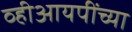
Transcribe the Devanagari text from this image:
व्हीआयपींच्या